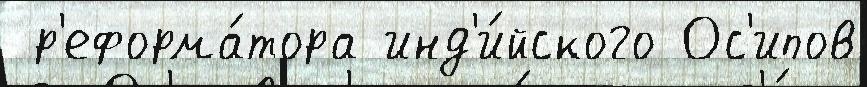
 р'еформа́тора инд'и́йского Ос'ипов